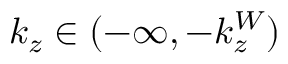
k _ { z } \in ( - \infty , - k _ { z } ^ { W } )